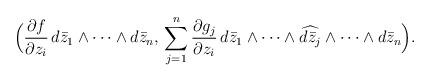
LaTeX: \begin{align*}\Bigl(\frac{\partial f}{\partial z_{i}}\,d\bar z_{1}\wedge\cdots\wedge d\bar z_{n},\,\sum_{j=1}^{n}\frac{\partial g_{j}}{\partial z_{i}}\,d\bar z_{1}\wedge\cdots\wedge\widehat{d\bar z_{j}}\wedge\cdots\wedge d\bar z_{n}\Bigr).\end{align*}